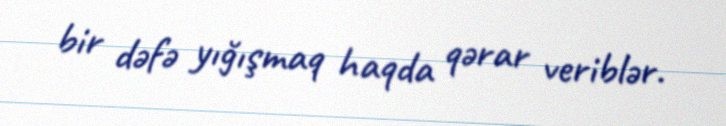
bir dəfə yığışmaq haqda qərar veriblər.